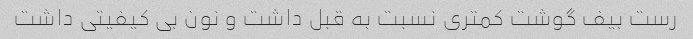
رست بیف گوشت کمتری نسبت به قبل داشت و نون بی کیفیتی داشت